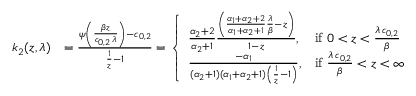
\begin{array} { r l } { k _ { 2 } ( z , \lambda ) } & { = \frac { \psi \left( \frac { \beta z } { c _ { 0 , 2 } \, \lambda } \right) - c _ { 0 , 2 } } { \frac { 1 } { z } - 1 } = \left\{ \begin{array} { l l } { \frac { \alpha _ { 2 } + 2 } { \alpha _ { 2 } + 1 } \frac { \left( \frac { \alpha _ { 1 } + \alpha _ { 2 } + 2 } { \alpha _ { 1 } + \alpha _ { 2 } + 1 } \frac { \lambda } { \beta } - z \right) } { 1 - z } , } & { \mathrm { i f ~ } 0 < z < \frac { \lambda \, c _ { 0 , 2 } } { \beta } \ } \\ { \frac { - \alpha _ { 1 } } { ( \alpha _ { 2 } + 1 ) ( \alpha _ { 1 } + \alpha _ { 2 } + 1 ) \left( \frac { 1 } { z } - 1 \right) } , } & { \mathrm { i f ~ } \frac { \lambda \, c _ { 0 , 2 } } { \beta } < z < \infty } \end{array} \right. } \end{array}